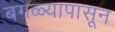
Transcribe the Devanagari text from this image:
बगळ्यापासून